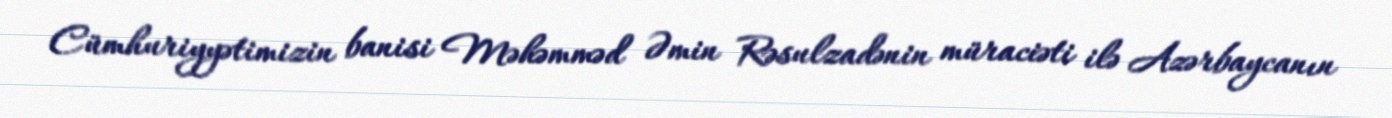
Cümhuriyyətimizin banisi Məhəmməd Əmin Rəsulzadənin müraciəti ilə Azərbaycanın